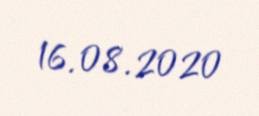
16.08.2020